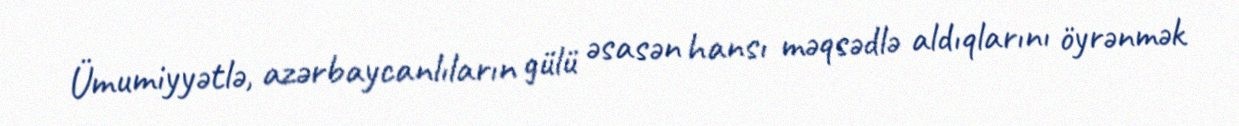
Ümumiyyətlə, azərbaycanlıların gülü əsasən hansı məqsədlə aldıqlarını öyrənmək